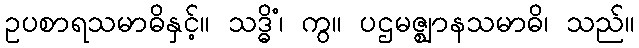
ဥပစာရသမာဓိနှင့်။ သဒ္ဓိံ၊ ကွ။ ပဌမဇ္ဈာနသမာဓိ၊ သည်။